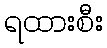
ရထားစီး